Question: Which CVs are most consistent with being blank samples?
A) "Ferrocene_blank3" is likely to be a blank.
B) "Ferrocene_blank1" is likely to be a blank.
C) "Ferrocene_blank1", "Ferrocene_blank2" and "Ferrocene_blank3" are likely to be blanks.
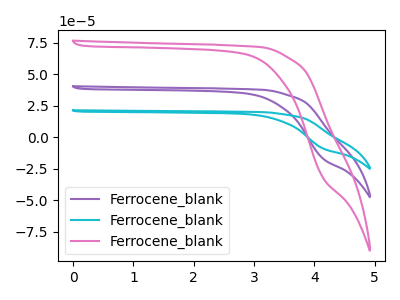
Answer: <think>The purple curve "Ferrocene_blank1" has no peaks. The cyan curve "Ferrocene_blank2" has no peaks. The pink curve "Ferrocene_blank3" has no peaks.</think>
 <answer>C) "Ferrocene_blank1", "Ferrocene_blank2" and "Ferrocene_blank3" are likely to be blanks.</answer>
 <eval>C</eval>